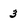
Character: 3